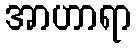
အာဟာရာ